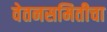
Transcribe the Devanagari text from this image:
वेतनसमितीचा